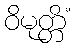
ဝိမုတ္တိံ